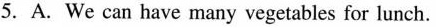
5.A.We can have many vegetables for lunch.